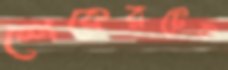
শেকেরটেক